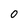
Character: 0